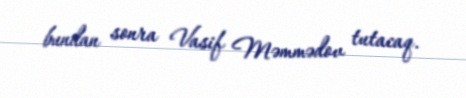
bundan sonra Vasif Məmmədov tutacaq.